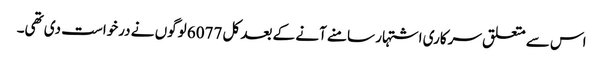
اس سے متعلق سرکاری اشتہار سامنے آنے کے بعد کل 6077 لوگوں نے درخواست دی تھی۔